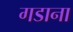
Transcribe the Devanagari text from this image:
गडाना